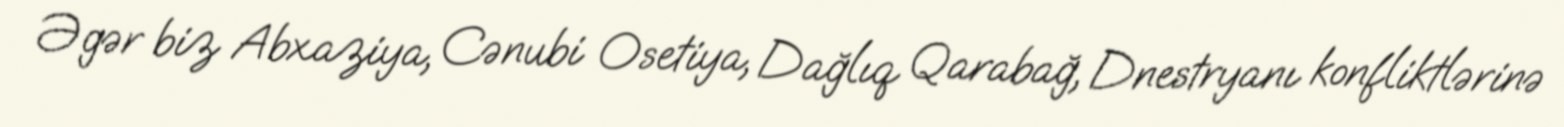
Əgər biz Abxaziya, Cənubi Osetiya, Dağlıq Qarabağ, Dnestryanı konfliktlərinə